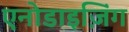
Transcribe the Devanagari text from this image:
एनोडाइज़िंग